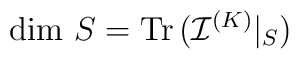
\mbox{dim}\ S = \mbox{Tr\thinspace } ({\mathcal I} ^{(K)}|_{S})